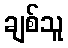
ချစ်သူ